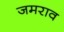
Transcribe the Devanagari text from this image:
जमराव